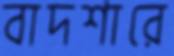
বাদশারে